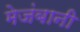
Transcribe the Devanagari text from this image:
मेजंबानी